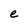
Character: e